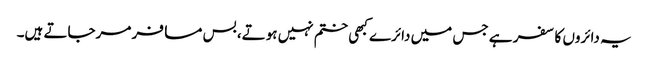
یہ دائروں کا سفر ہے جس میں دائرے کبھی ختم نہیں ہوتے، بس مسافر مرجاتے ہیں۔